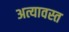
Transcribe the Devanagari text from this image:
अत्यावस्त